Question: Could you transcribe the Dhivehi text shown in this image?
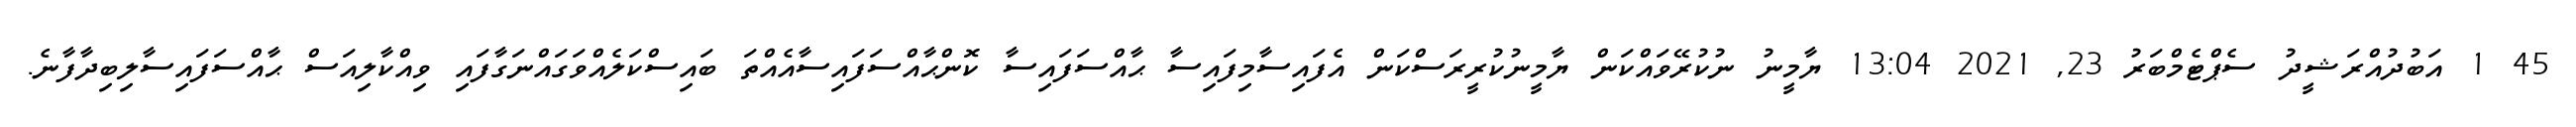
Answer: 45 1 އަބުދުއްރަޝީދު ސެޕްޓެމްބަރު 23, 2021 13:04 ޔާމީނު ނުކުރޭވައްކަން ޔާމީނުކުރީރަސްކަން އެފައިސާމިފައިސާ ޙާއްސަފައިސާ ކޮންޙާއްސަފައިސާއެއްތަ ބައިސްކަލެއްވަގައްނަގާފައި ވިއްކާލިއަސް ޙާއްސަފައިސާލިބިދާފާނެ.